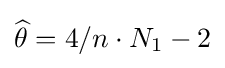
{\widehat {\theta }}=4/n\cdot N_{1}-2